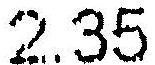
2.35